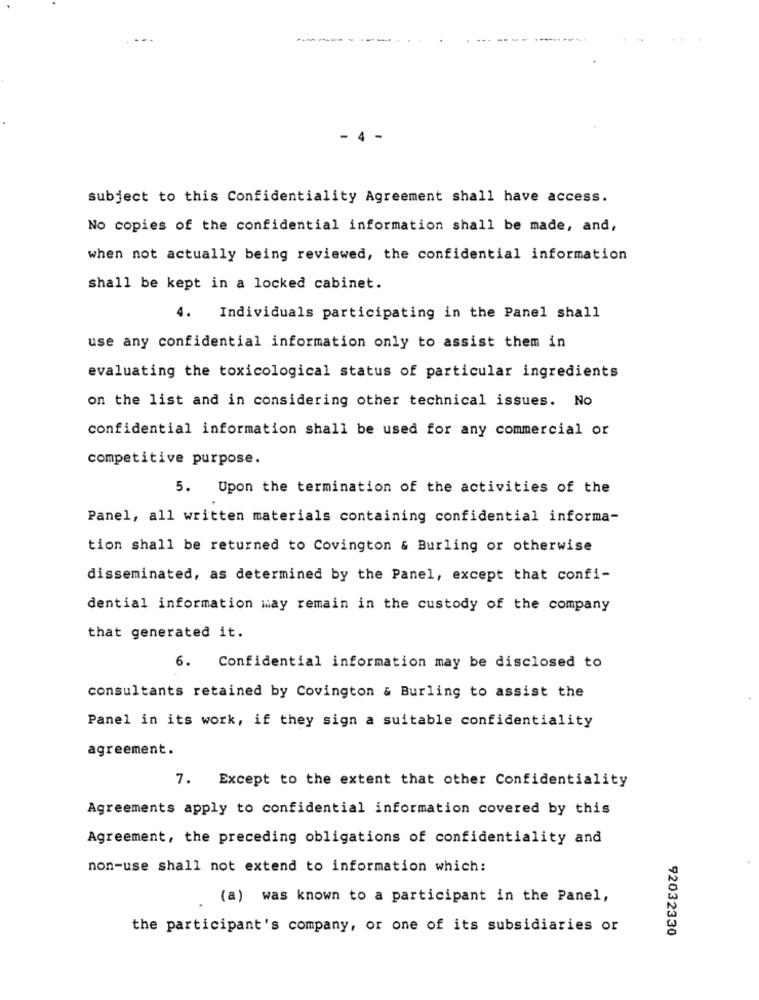
----
- 4
subject to this Confidentiality Agreement shall have access.
No copies of the confidential information shall be made, and,
when not actually being reviewed, the confidential information
shall be kept in a locked cabinet.
4.
Individuals participating in the Panel shall
use any confidential information only to assist them in
evaluating the toxicological status of particular ingredients
on the list and in considering other technical issues. No
confidential information shall be used for any commercial or
competitive purpose.
5. Upon the termination of the activities of the
Panel, all written materials containing confidential informa-
tion shall be returned to Covington & Burling or otherwise
disseminated, as determined by the Panel, except that confi-
dential information way remain in the custody of the company
that generated it.
6. Confidential information may be disclosed to
consultants retained by Covington & Burling to assist the
Panel in its work, if they sign a suitable confidentiality
agreement.
7. Except to the extent that other Confidentiality
Agreements apply to confidential information covered by this
Agreement, the preceding obligations of confidentiality and
non-use shall not extend to information which:
(a) was known to a participant in the Panel,
the participant's company, or one of its subsidiaries or
92032330